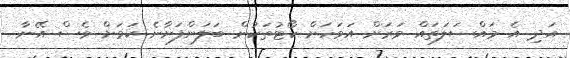
އަދި އެ މައްސަލަތައް ވަރަށް އަވަހަށް ކޯޓުތަކުން ބަލަންފަށާނެ ކަމަށް ވެސް އޭނާ